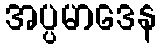
အပ္ပမာဒေန